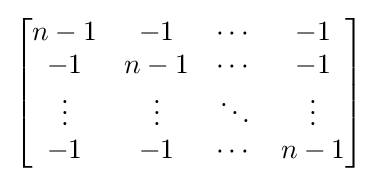
{\begin{bmatrix}n-1&-1&\cdots &-1\\-1&n-1&\cdots &-1\\\vdots &\vdots &\ddots &\vdots \\-1&-1&\cdots &n-1\\\end{bmatrix}}